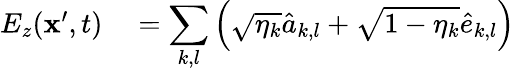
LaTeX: \begin{array}{rl}{E_{z}(\mathbf{x}^{\prime},t)}&{{}={\displaystyle\sum_{k,l}}\left(\sqrt{\eta_{k}}\hat{a}_{k,l}+\sqrt{1-\eta_{k}}\hat{e}_{k,l}\right)}\end{array}